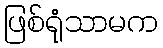
ဖြစ်ရုံသာမက